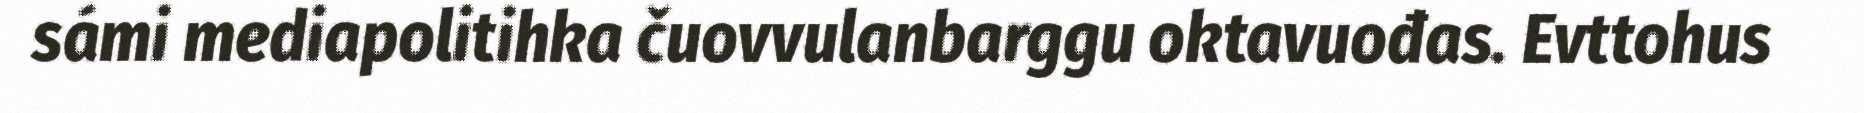
sámi mediapolitihka čuovvulanbarggu oktavuođas. Evttohus